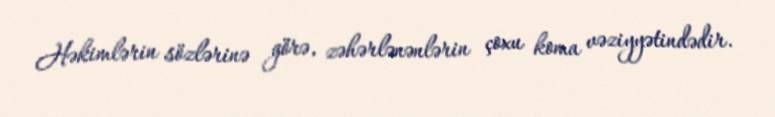
Həkimlərin sözlərinə görə, zəhərlənənlərin çoxu koma vəziyyətindədir.